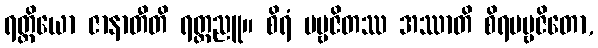
ရတ္တိယော ဇာနာတီတိ ရတ္တညူ။ စိရံ ပဗ္ဗဇိတဿ အဿာတိ စိရပဗ္ဗဇိတော,